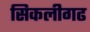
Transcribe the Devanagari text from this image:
सिकलीगढ